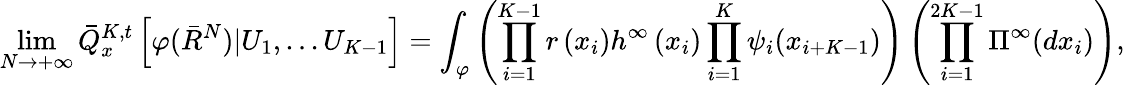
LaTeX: \operatorname*{lim}_{N\rightarrow+\infty}\bar{Q}_{x}^{K,t}\left[\varphi(\bar{R}^{N})|U_{1},...U_{K-1}\right]=\int_\varphi\left(\prod_{i=1}^{K-1}r\left(x_{i}\right)h^{\infty}\left(x_{i}\right)\prod_{i=1}^{K}\psi_{i}(x_{i+K-1})\right)\left(\prod_{i=1}^{2K-1}\Pi^{\infty}(dx_{i})\right),